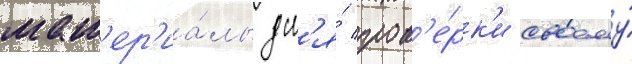
мат'ер'иа́лы дл'я́ пров'е́рк'и своему́